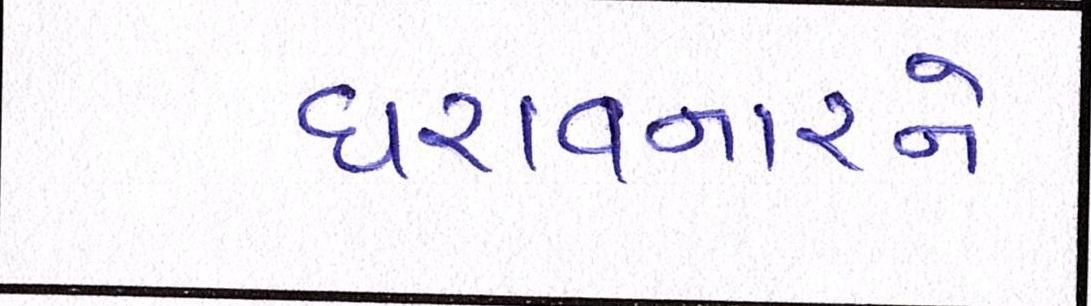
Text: ધરાવનારને